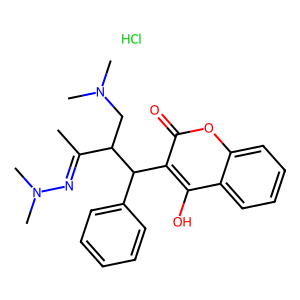
SMILES: CC(=NN(C)C)C(CN(C)C)C(c1ccccc1)c1c(O)c2ccccc2oc1=O.Cl
Inhibits HIV replication: No